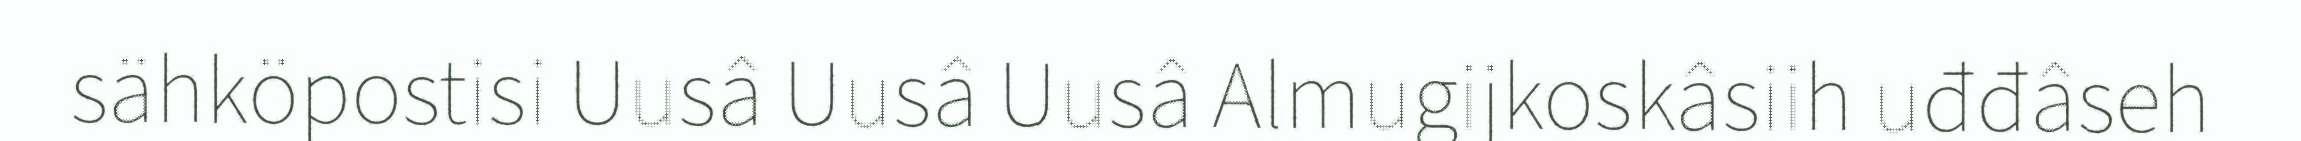
sähköpostisi Uusâ Uusâ Uusâ Almugijkoskâsiih uđđâseh